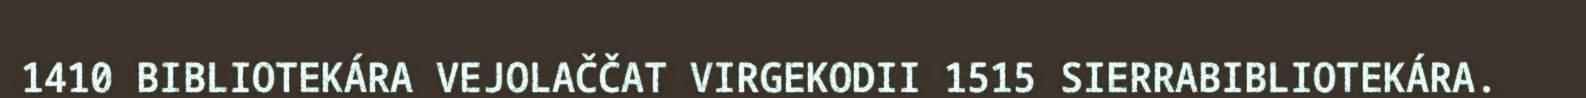
1410 BIBLIOTEKÁRA VEJOLAČČAT VIRGEKODII 1515 SIERRABIBLIOTEKÁRA.